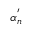
\alpha _ { n } ^ { ' }